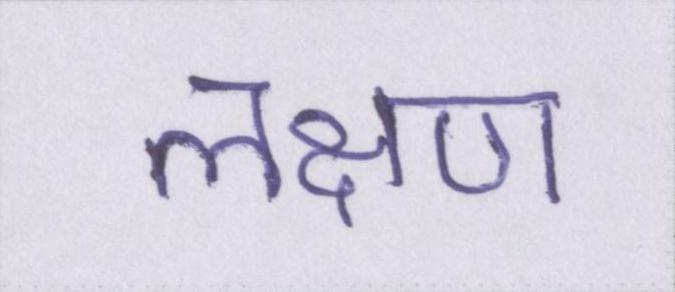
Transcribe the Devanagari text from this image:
लक्षण